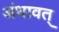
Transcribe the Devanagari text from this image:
अंधावत्